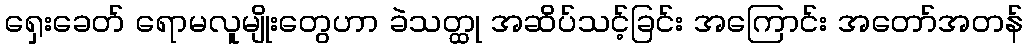
ရှေးခေတ် ရောမလူမျိုးတွေဟာ ခဲသတ္ထု အဆိပ်သင့်ခြင်း အကြောင်း အတော်အတန်